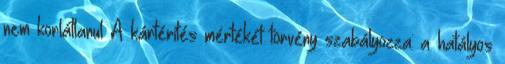
nem korlátlanul A kártérítés mértékét törvény szabályozza: a hatályos